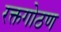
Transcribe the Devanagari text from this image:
रक्तगोठण